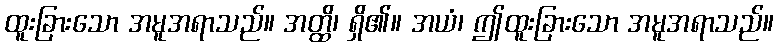
ထူးခြားသော အမူအရာသည်။ အတ္ထိ၊ ရှိ၏။ အယံ၊ ဤထူးခြားသော အမူအရာသည်။